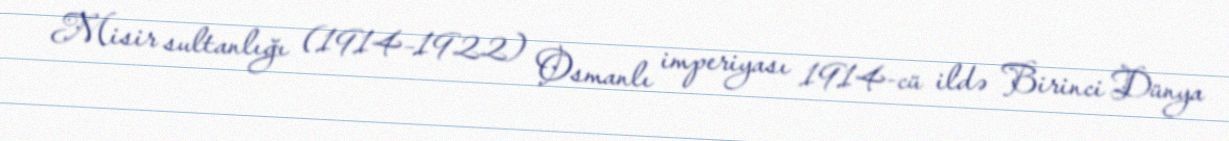
Misir sultanlığı (1914–1922) Osmanlı imperiyası 1914-cü ildə Birinci Dünya